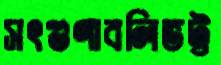
সৎগুণাবলিভট্ট